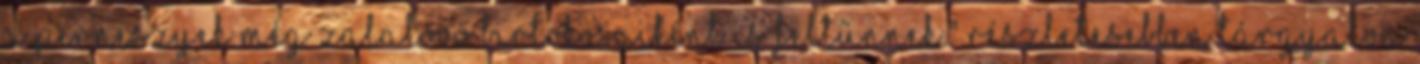
a Perneszyek még Zalalövő birtokosaiként is feltűnnek." Részletesebben tárgyalva